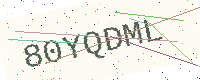
Text: 80YQDML